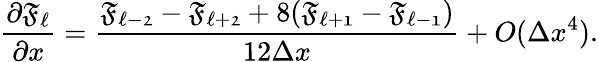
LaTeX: \frac{\partial\mathfrak{F_{\ell}}}{\partial x}=\frac{\mathfrak{F_{\ell-2}}-\mathfrak{F_{\ell+2}}+8(\mathfrak{F_{\ell+1}}-\mathfrak{F_{\ell-1}})}{12\Delta x}+O(\Delta x^{4}).